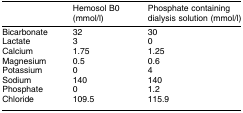
<table><thead><tr><td></td><td><b>Hemosol B0 (mmol/l)</b></td><td><b>Phosphate containingdialysis solution (mmol/l)</b></td></tr></thead><tbody><tr><td>Bicarbonate</td><td>32</td><td>30</td></tr><tr><td>Lactate</td><td>3</td><td>0</td></tr><tr><td>Calcium</td><td>1.75</td><td>1.25</td></tr><tr><td>Magnesium</td><td>0.5</td><td>0.6</td></tr><tr><td>Potassium</td><td>0</td><td>4</td></tr><tr><td>Sodium</td><td>140</td><td>140</td></tr><tr><td>Phosphate</td><td>0</td><td>1.2</td></tr><tr><td>Chloride</td><td>109.5</td><td>115.9</td></tr></tbody></table>